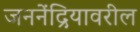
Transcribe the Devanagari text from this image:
जननेंद्रियावरील